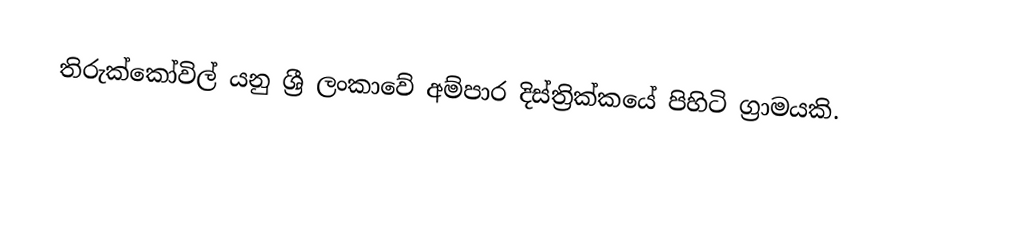
තිරුක්කෝවිල් යනු ශ්‍රී ලංකාවේ අම්පාර දිස්ත්‍රික්කයේ පිහිටි ග්‍රාමයකි.